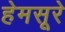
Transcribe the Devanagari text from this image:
हेमसूरे